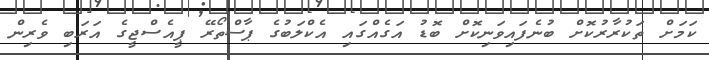
ކަމަށް ތަކުރާރުކޮށް ބުނެފައިވަނިކޮށް ބޮޑު އަގެއްގައި އެކްލަބުގެ ޕާސްތޯރޭ ޕީއެސްޖީގެ އަރަބި ވެރިން